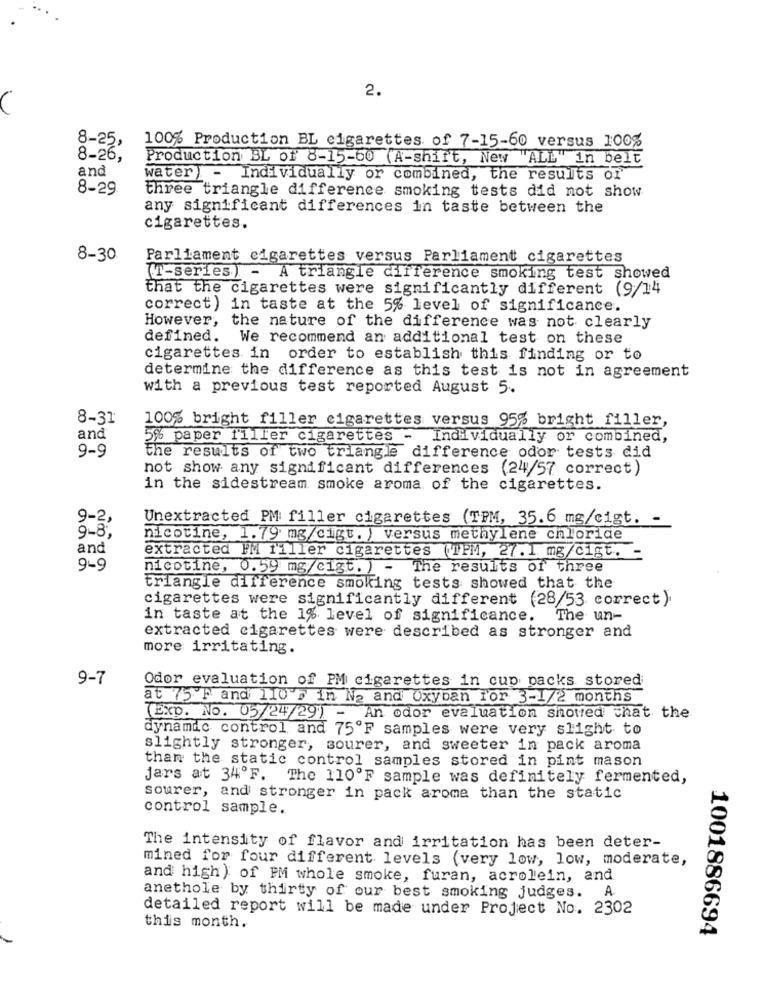
2.
8-25,
100% Production BL cigarettes of 7-15-60 versus 100%
8-26,
Production BL of 8-15-60 (A-shift, New "ALL" in belt
and
water) - Individually or combined, the results of
8-29
three triangle difference smoking tests did not show
any significant differences in taste between the
cigarettes.
8-30
Parliament cigarettes versus Parliament cigarettes
(T-series) - A triangle difference smoking test showed
that the cigarettes were significantly different (9/14
correct) in taste at the 5% level of significance.
However, the nature of the difference was not clearly
defined.
We recommend an additional test on these
cigarettes in order to establish this finding or to
determine the difference as this test is not in agreement
with a previous test reported August 5.
8-31
100% bright filler cigarettes versus 95% bright filler,
and
5% paper filler cigarettes - Individually or combined,
9-9
the results of two triangle difference odor tests did
not show any significant differences (24/57 correct)
in the sidestream smoke aroma of the cigarettes.
9-2,
Unextracted PM filler cigarettes (TPM, 35.6 mg/cigt. -
9-8,
nicotine, 1.79 mg/cigt. ) versus methylene chloride
and
extracted IM filler cigarettes (TPM, 27. 1 mg/cigt. -
9-9
nicotine, 0.59 mg/cigt. ) - The results of three
triangle difference smoking tests showed that the
cigarettes were significantly different (28/53 correct)
in taste at the 1% level of significance.
The un-
extracted cigarettes were described as stronger and
more irritating.
9-7
Odor evaluation of PM cigarettes in cup packs stored
at 75 F and 110's in Na and Oxyban For 3-1/2 months
(Exp. No. 05/24/29) - An odor evaluation showed that the
dynamic control and 75ºF samples were very slight to
slightly stronger, sourer, and sweeter in pack aroma
than the static control samples stored in pint mason
Jars at 34ºF. The 110ºF sample was definitely fermented,
sourer, and stronger in pack arome than the static
control sample.
The intensity of flavor and irritation has been deter-
mined for four different levels (very low, low, moderate,
and high) of FM whole smoke, furan, acrolein, and
anethole by thirty of our best smoking judges. A.
detailed report will be made under Project No. 2302
this month.
1001886694